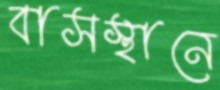
বাসস্থানে